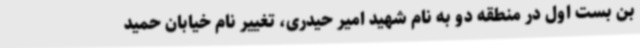
بن بست اول در منطقه دو به نام شهید امیر حیدری، تغییر نام خیابان حمید